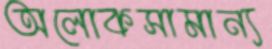
অলোকসামান্য